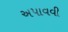
અપાવવી